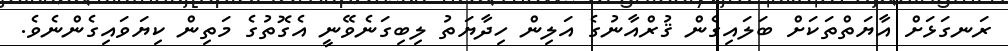
ރަނގަޅަށް އާޔަތްތަކަށް ބަލައިގެން ޤުރްއާނުގެ އަލިން ހިދާޔަތު ލިބިގަނެވޭނީ އެގޮތުގެ މަތިން ކިޔަވައިގެންނެވެ.